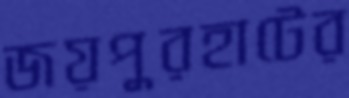
জয়পুরহাটের